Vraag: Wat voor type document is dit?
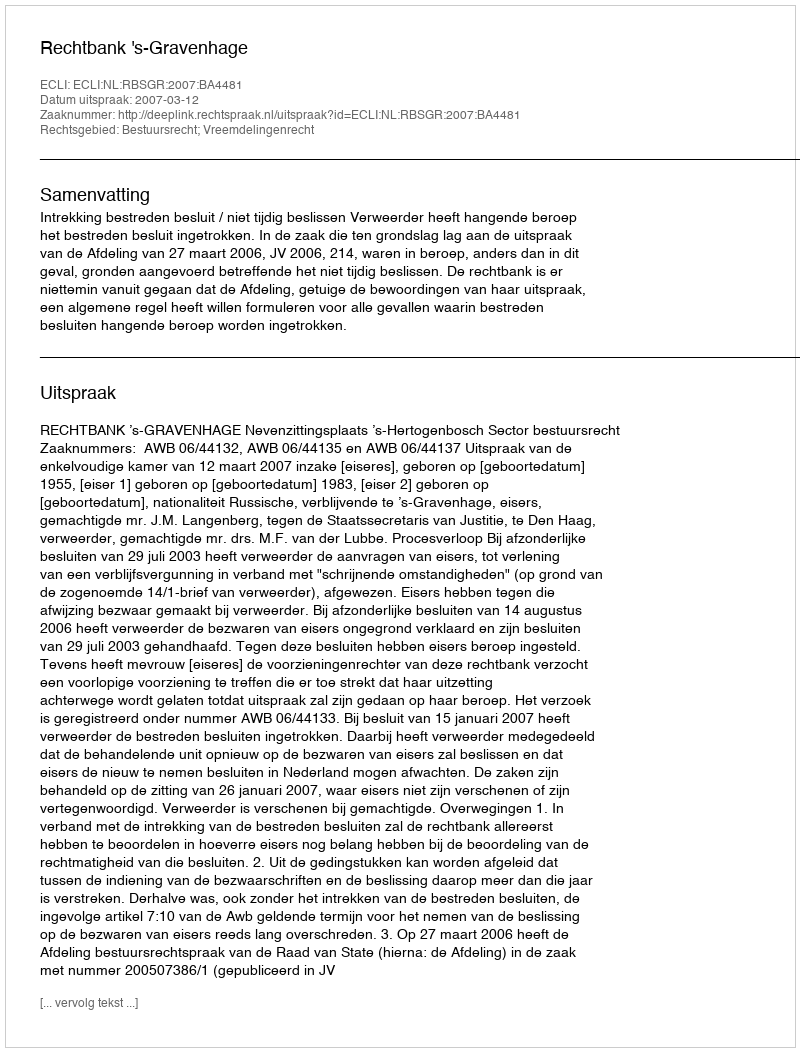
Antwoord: Uitspraak